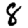
Digit: 8